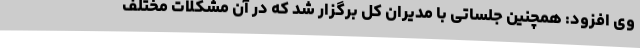
وی افزود: همچنین جلساتی با مدیران کل برگزار شد که در آن مشکلات مختلف